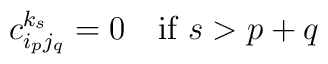
c_{i_p j_q}^{k_s}=0 \quad \textrm{if $s > p+q$} \;